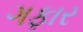
ગફાર